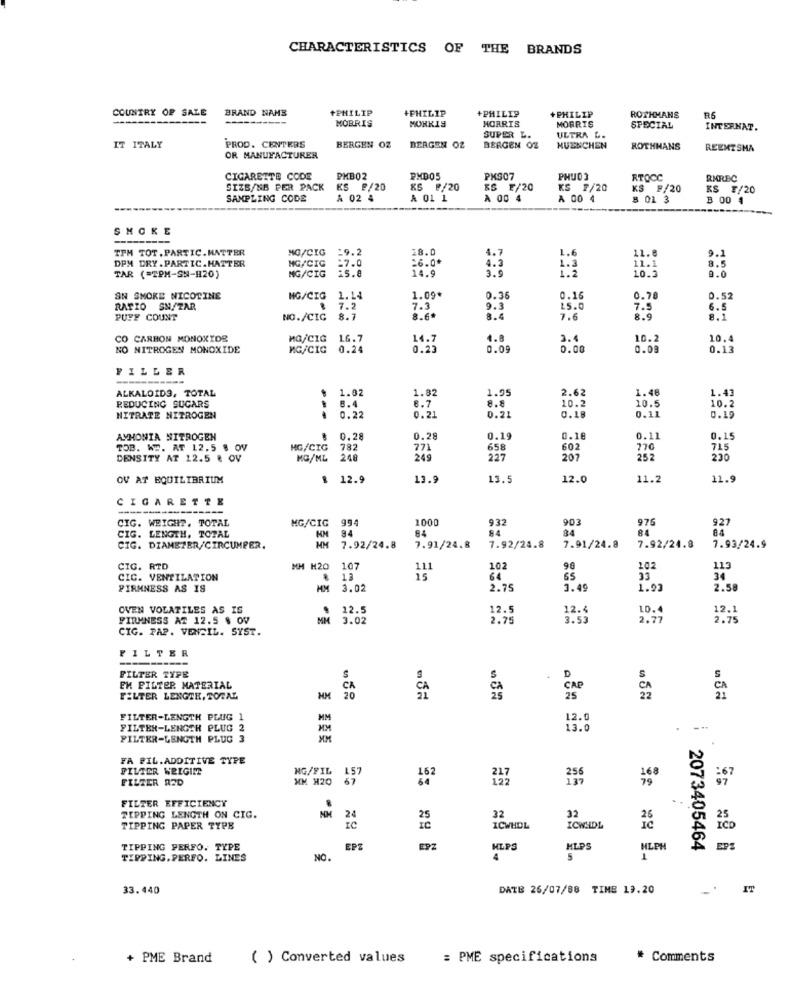
CHARACTERISTICS OF THE BRANDS
COUNTRY OF SALE
+PHILIP
+PHILIP
+PHILIP
+PHILIP
BRAND NAME
MOBRIS
MORRIS
MORRIS
ROTHMANS
R6
MORRIS
SPECIAL
INTERNAT.
SUPER L.
ULTRA L.
IT ITALY
PROD. CENTERS
BERGEN OZ
BERGEN OZ
BERGEN OZ
MUENCHEN
ROTHHANS
REEMTSMA
OR MANUFACTURER
CIGARETTE CODE
PHB02
PHD05
PKS07
PHUD3
RTOCC
RMREC
SIZE/NB PER PACK KS 2/20
KS ₽/20
ES F/20
KS ₮/20
KS F/20
KS F/20
SAMPLING CODE
A 02 4
A 01 1
A 00 4
A 00 4
8 01 3
B 00 4
SMOKE
TPM TOT. PARTIC.MATTER
MG/CIG
:9.2
28.0
DPM DRY.PARTIC.HATTER
MG/CIC
:7.0
26.0*
1.6
11.8
9.1
15.8
14.9
3.9
1.3
1.2
11.1
10.2
0.0
TAR (=TPM-SN-H20)
MG/CIG
SN SMOKE NICOTINE
MG/CIG
1.14
1.09*
0.36
0.16
0.78
0.52
RATIO
SN/TAR
7.2
7.3
9.3
25.0
PUFF COUNT
NO./CIC
8.7
8.6*
8.4
7.6
8.9
8:1
CO CARBON MONOXIDE
HO/CIG
16.
4.8
3.4
10.2
10.4
NO NITROGEN MONOXIDE
MG/CIG
0.2
1.7
0.0
0.00
0.00
0.1
FILLER
ALKALOIDS, TOTAL
1.82
1.82
1.9
2.6
1.4
1.43
B.4
10.
REDUCING SUGARS
6.7
8.8
10.2
10.2
NITRATE NITROGEN
0.22
0.2
0.2
0.1
0.11
0.1
AMMONIA NITROGEN
0.28
0.28
0.19
0.18
0.11
0.15
TOB. WW. AT 12.5 . OV
MG/CIG
782
771
658
602
770
715
DENSITY AT 12.5 & OV
MG/ML
248
249
227
207
252
230
OV AT EQUILIBRIUM
$ 12.9
13.9
13.5
12.0
11.2
11.9
CIGARETTE
----
CIG. WEIGH ?. TOTAL
MG/CIG
994
1000
932
903
976
927
CIG. LENGTH, TOTAL
84
84
84
84
84
CIG. DIAMETER/CIRCUMPER.
7.92/24.8
7.91/24.8
7.92/24.8
7.91/24.8
7.92/24.8
7.93/24.9
CIG. ATD
MH H20
107
111
102
90
202
113
CIC. VENTILATION
.
12
64
33
34
FIRMNESS AS IS
HM
3.02
2.75
3.49
1.03
2.58
OVEN VOLATILES AS IS
12.5
12.5
12.4
LO.4
12.1
FIRMNESS AZ 12.5 $ OV
MM
3.02
2.75
2.77
2.75
CIG. PAP. VENTIL. SYST.
FILTER
FILTER TYPE
S
D
S
EN PILTER MATERIAL
CAP
FILTER LENGTH, TORAL
HM
20
FILTER-LENGTH PLUG
MM
12.
FILTER-LENGTH PLUG 2
13.
FILTER-LENGTH PLUG 3
FA PIL.ADDITIVE TYPE
FILTER WELGIN
NG/FIL
FILTER R2D
MM H20
162
247
137
168
FILTER EFFICIENCY
TIPPING LENGTH ON CIG.
24
32
32
TIPPING PAPER TYPE
IC
ICWHOL
ICWHDL
TIPPING PERFO. TYPE
EPT
EPZ
KLPS
HLPS
HLPH
2073405464
EPS
TIPPING.PERFO. LINES
NO.
1
33.440
DATE 26/07/88 TIME 19.20
IT
+ PME Brand
( ) Converted values
= PME specifications
# Comments